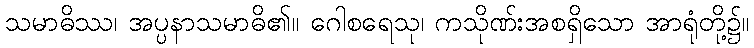
သမာဓိဿ၊ အပ္ပနာသမာဓိ၏။ ဂေါစရေသု၊ ကသိုဏ်းအစရှိသော အာရုံတို့၌။